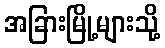
အခြားမြို့များသို့